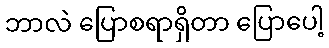
ဘာလဲ ပြောစရာရှိတာ ပြောပေါ့